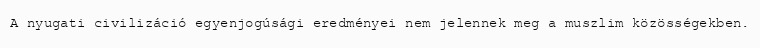
A nyugati civilizáció egyenjogúsági eredményei nem jelennek meg a muszlim közösségekben.